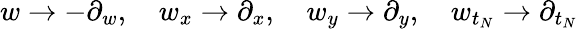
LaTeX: w\to-\partial_{w},\quad w_{x}\to\partial_{x},\quad w_{y}\to\partial_{y},\quad w_{t_{N}}\to\partial_{t_{N}}